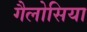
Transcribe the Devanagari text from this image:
गैलोसिया